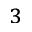
^ 3